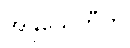
အနုသေတီတိ